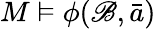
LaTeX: M\vDash\phi(\mathscr{B},{\bar{{a}}})